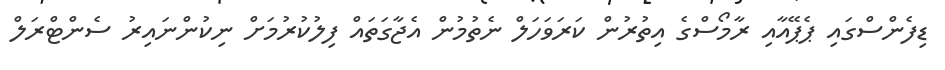
ޑިފެންސްގައި ޕެޕޭއާއި ރާމޯސްގެ އިތުރުން ކަރަވަހަލް ނެތުމުން އެޖާގަތައް ފިލުކުރުމަށް ނިކުންނައިރު ސެންޓްރަލް